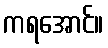
ကရအောင်။